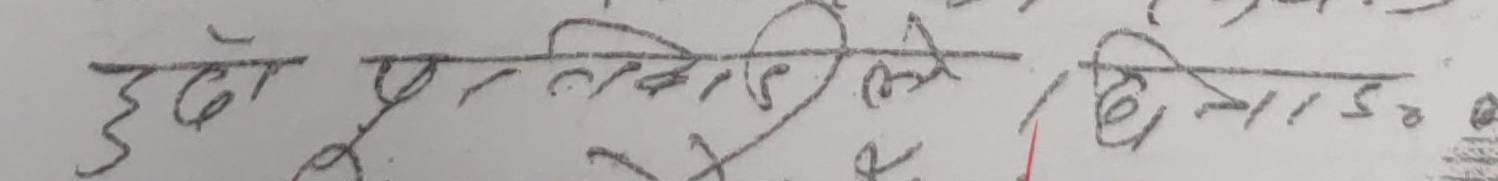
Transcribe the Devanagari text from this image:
हुँदा पुरिएको । दिना०